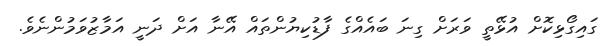
ގައިގޯޅިކޮށް އުޅޭތީ ވަރަށް ގިނަ ބައެއްގެ ފާޑުކިޔުންތައް އޭނާ އަށް ދަނީ އަމާޒުވަމުންނެވެ.